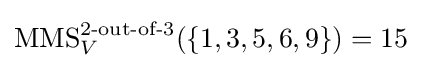
\operatorname {MMS} _{V}^{2{\text{-out-of-}}3}(\{1,3,5,6,9\})=15